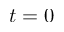
t = 0